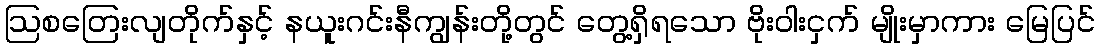
ဩစတြေးလျတိုက်နှင့် နယူးဂင်းနီကျွန်းတို့တွင် တွေ့ရှိရသော ဗိုးဝါးငှက် မျိုးမှာကား မြေပြင်